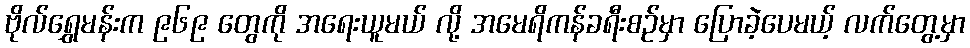
ဗိုလ်ရွှေမန်းက ၉၆၉ တွေကို အရေးယူမယ် လို့ အမေရိကန်ခရီးစဉ်မှာ ပြောခဲ့ပေမယ့် လက်တွေ့မှာ